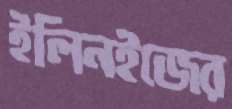
ইলিনইজের